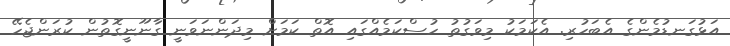
އަޅުގަނޑުމެންގެ އެބަހުރި. އެކަމަކު މިވަގުތު ހުސްކަމެއްގައި އޮތް ކަމަށް މިދަންނަވަނީ ގާނޫނީގޮތުން ކުރަންޖެހޭ